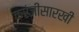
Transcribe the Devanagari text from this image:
करंजीसारखी